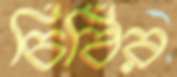
চিঠির